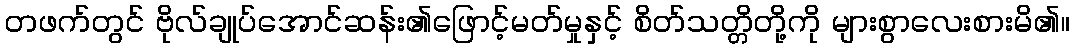
တဖက်တွင် ဗိုလ်ချုပ်အောင်ဆန်း၏ဖြောင့်မတ်မှုနှင့် စိတ်သတ္တိတို့ကို များစွာလေးစားမိ၏။